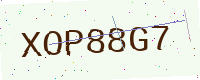
Text: XOP88G7